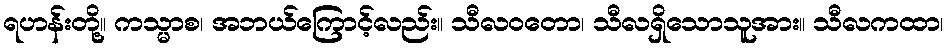
ရဟန်းတို့။ ကသ္မာစ၊ အဘယ်ကြောင့်လည်း။ သီလဝတော၊ သီလရှိသောသူအား။ သီလကထာ၊